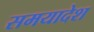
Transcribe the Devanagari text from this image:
समयादेश